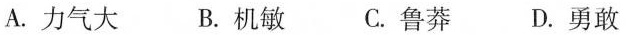
A.力气大 B.机敏 C.鲁莽 D.勇敢